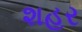
શહર